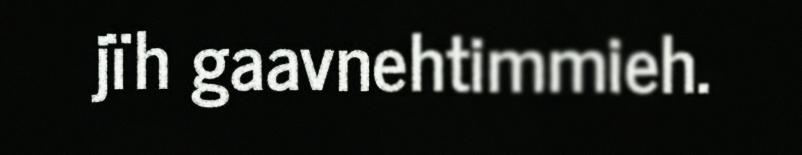
jïh gaavnehtimmieh.